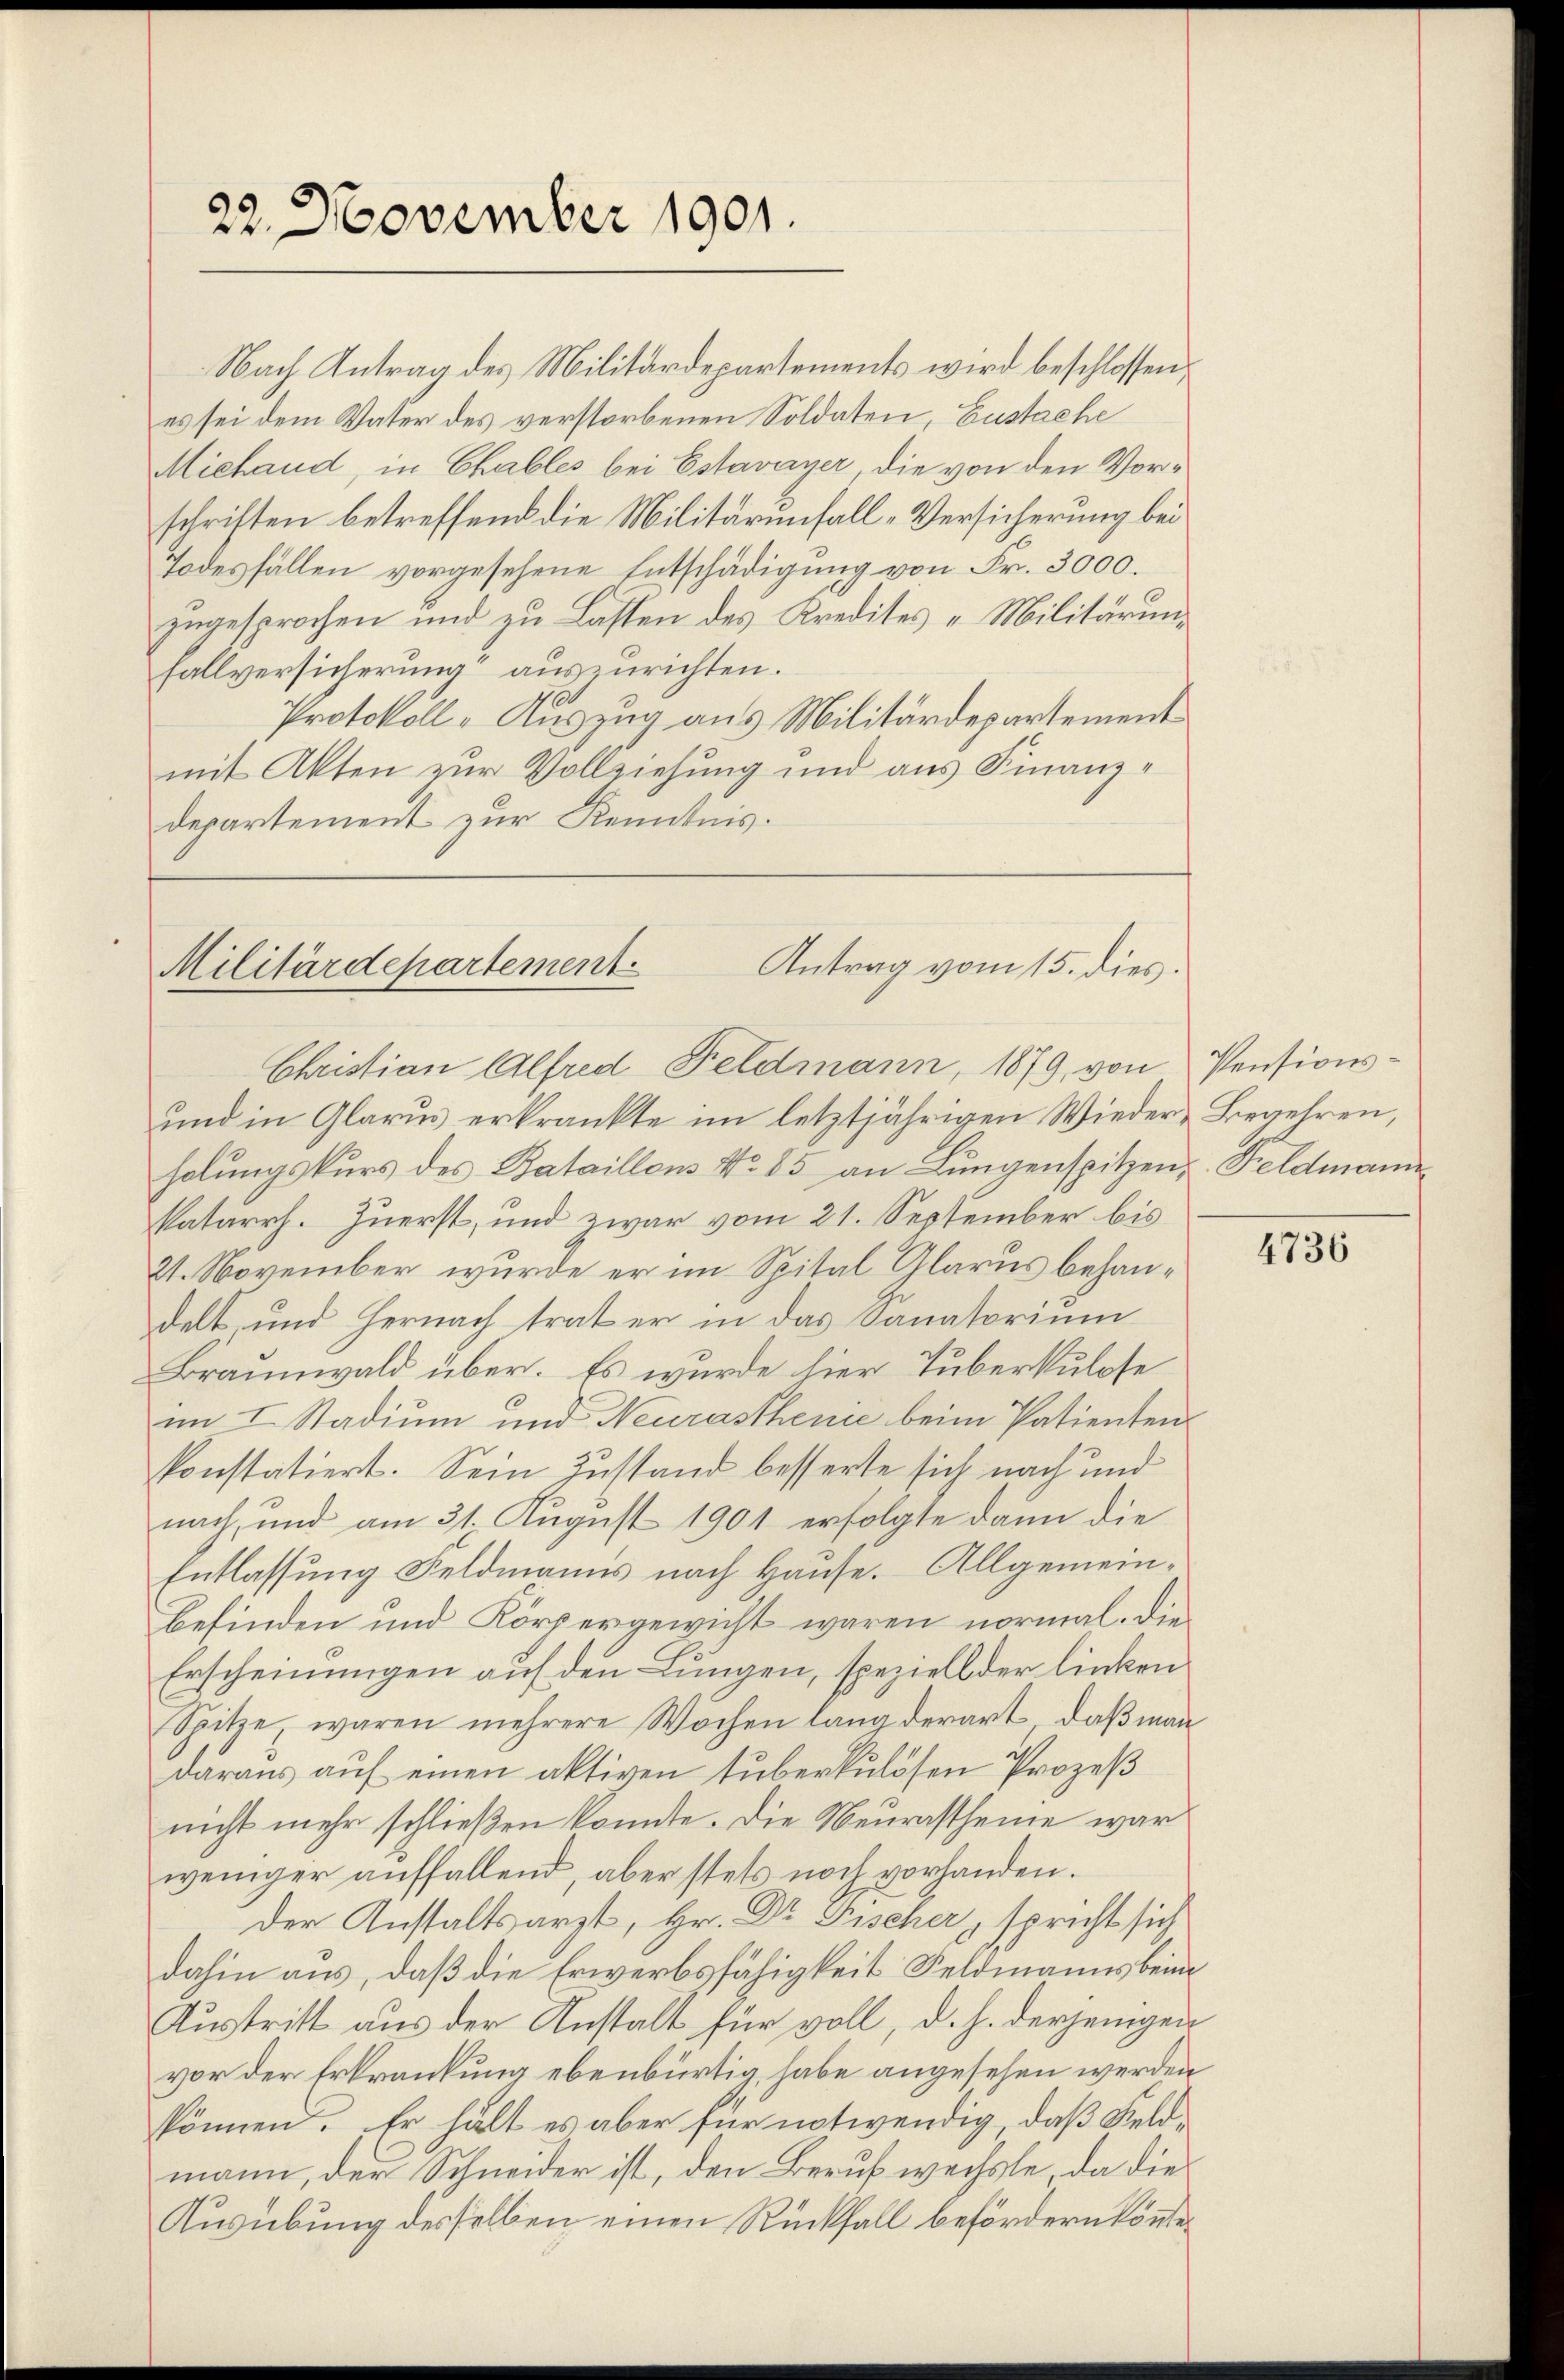
22. November 1901.

Nach Antrag des Militärdepartements wird beschlossen:
es sei dem Vater des verstorbenen Soldaten, Eustache
Miehand, in Chables bei Estavayer die von den Vorschriften betreffend die Militärunfall-Versicherung bei
Todesfällen vorgesehene Entschädigung von Fr. 3000.
zugesprochen und zu Lasten des Kredites Militärung
fallversicherung“ auszurichten.
Protokoll-Auszug aus Militärdepartement
mit Akten zur Vollziehung und aus Finanzdepartement zur Kenntnis.

Antrag vom 15. dies
Militärdepartement
Christian Alfred Feldmann, 1879, von Pensions¬

und in Glarus erkränkte im letztjährigen Wieder Begehren,
holungskurs des Bataillons No 85 an Lungenspitzen, Feldmannkatarrh. Zuerst, und zwar vom 21. September bis
21. November, wurde er im Spital Glarus behandelt und Hernach trat er in das Sanatorium
Braunwald über. Es wurde hier Tuberkulose
im I. Stadium und Neurasthene beim Patienten
konstatiert. Sein Zustand besserte sich nach und
nach, und am 31. August 1901 erfolgte dann die
Entlassung Feldmanns nach Hause. Allgemein¬
Befinden und Körpergewicht waren normal. Die
Erscheinungen auf den Lungen, speziell der linken
Spitze, waren mehrere Wochen lang derart, daß man
daraus auf einen aktiven tuberkulösen Prozeß
nicht mehr schließen konnte. Die Neurastheine war
weniger aŭffallend, aber stets noch vorhanden.
Der Anstaltsarzt, Hr. Dr Fischer, spricht sich
dahin aus, daß die Erwerbsfähigkeit Feldmanns beim
Austritt aus der Anstalt für voll, d. h. derjenigen
vor der Erkrankung ebenbürtig habe angesehen werden
können. Er hält es aber für notwendig, daß Feldmann, der Schneider ist, den Beruf wechste, da die¬
Ausübung desselben einen Rückfall befördern könne.

4736